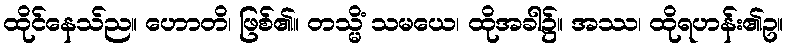
ထိုင်နေသ်ည။ ဟောတိ၊ ဖြစ်၏။ တသ္မိံ သမယေ၊ ထိုအခါ၌။ အဿ၊ ထိုရဟန်း၏ဥ။